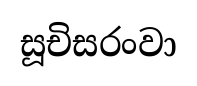
සූචිසරංවා